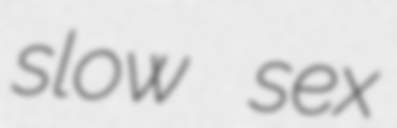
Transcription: slow sex